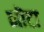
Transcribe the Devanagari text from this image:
नॊटा